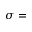
\sigma =